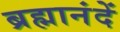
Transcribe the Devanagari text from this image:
ब्रह्मानंदें